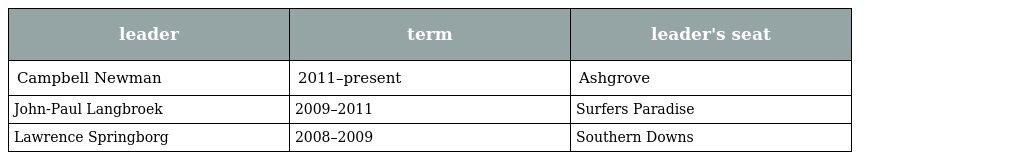
| leader | term | leader's seat |
 | --- | --- | --- |
 | Campbell Newman | 2011–present | Ashgrove |
 | John-Paul Langbroek | 2009–2011 | Surfers Paradise |
 | Lawrence Springborg | 2008–2009 | Southern Downs |